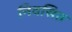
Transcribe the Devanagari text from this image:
निवसित